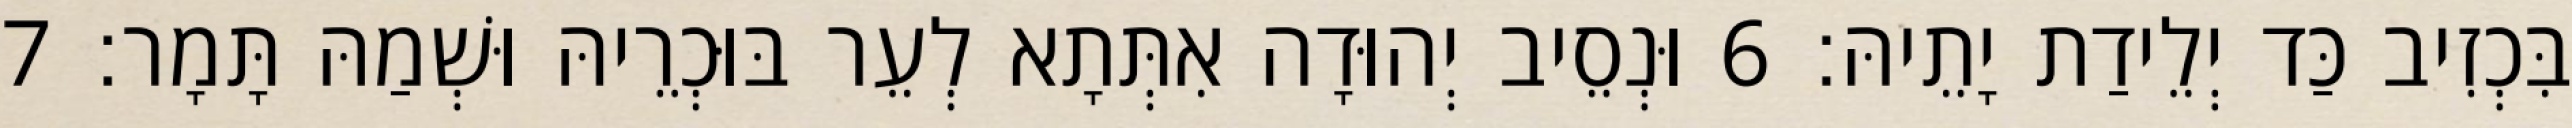
בִּכְזִיב כַּד יְלֵידַת יָתֵיהּ׃ 6 וּנְסֵיב יְהוּדָה אִתְּתָא לְעֵר בּוּכְרֵיהּ וּשְׁמַהּ תָּמָר׃ 7